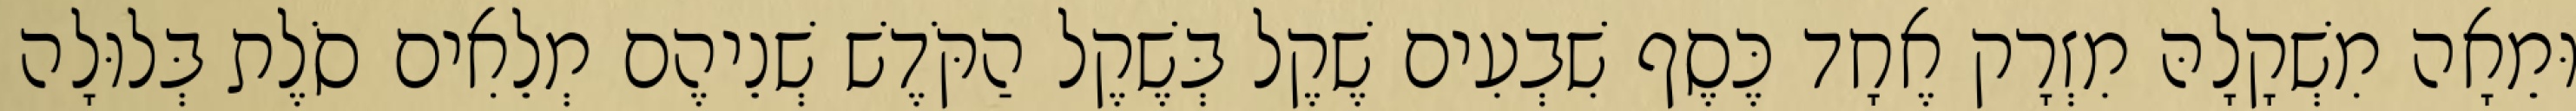
וּמֵאָה מִשְׁקָלָהּ מִזְרָק אֶחָד כֶּסֶף שִׁבְעִים שֶׁקֶל בְּשֶׁקֶל הַקֹּדֶשׁ שְׁנֵיהֶם מְלֵאִים סֹלֶת בְּלוּלָה